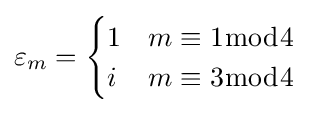
\varepsilon _{m}={\begin{cases}1&m\equiv 1{\bmod {4}}\\i&m\equiv 3{\bmod {4}}\end{cases}}